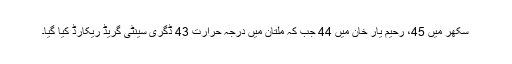
سکھر میں 45، رحیم یار خان میں 44 جب کہ ملتان میں درجہ حرارت 43 ڈگری سینٹی گریڈ ریکارڈ کیا گیا۔